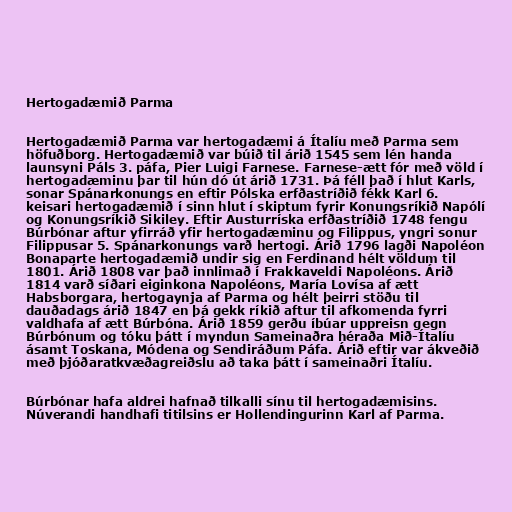
Hertogadæmið Parma

Hertogadæmið Parma var hertogadæmi á Ítalíu með Parma sem
höfuðborg. Hertogadæmið var búið til árið 1545 sem lén handa
launsyni Páls 3. páfa, Pier Luigi Farnese. Farnese-ætt fór með völd í
hertogadæminu þar til hún dó út árið 1731. Þá féll það í hlut Karls,
sonar Spánarkonungs en eftir Pólska erfðastríðið fékk Karl 6.
keisari hertogadæmið í sinn hlut í skiptum fyrir Konungsríkið Napólí
og Konungsríkið Sikiley. Eftir Austurríska erfðastríðið 1748 fengu
Búrbónar aftur yfirráð yfir hertogadæminu og Filippus, yngri sonur
Filippusar 5. Spánarkonungs varð hertogi. Árið 1796 lagði Napoléon
Bonaparte hertogadæmið undir sig en Ferdinand hélt völdum til
1801. Árið 1808 var það innlimað í Frakkaveldi Napoléons. Árið
1814 varð síðari eiginkona Napoléons, María Lovísa af ætt
Habsborgara, hertogaynja af Parma og hélt þeirri stöðu til
dauðadags árið 1847 en þá gekk ríkið aftur til afkomenda fyrri
valdhafa af ætt Búrbóna. Árið 1859 gerðu íbúar uppreisn gegn
Búrbónum og tóku þátt í myndun Sameinaðra héraða Mið-Ítalíu
ásamt Toskana, Módena og Sendiráðum Páfa. Árið eftir var ákveðið
með þjóðaratkvæðagreiðslu að taka þátt í sameinaðri Ítalíu.

Búrbónar hafa aldrei hafnað tilkalli sínu til hertogadæmisins.
Núverandi handhafi titilsins er Hollendingurinn Karl af Parma.